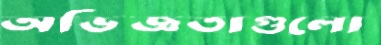
অভিজ্ঞতাগুলো